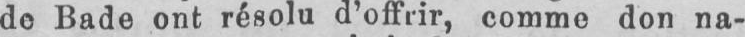
de Bade ont résolu d’offrir, comme don na-